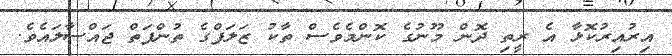
އިރުއިރުކޮޅާ އެ ރީތި ދޮން މޫނުގެ ކޮންމެވެސް ތާކު ޒަލަފްގެ ތުންފަތް ޖައްސާލައެވެ.